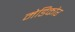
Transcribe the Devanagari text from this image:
मेडिकोर